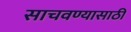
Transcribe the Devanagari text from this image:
साचवण्यासाठी